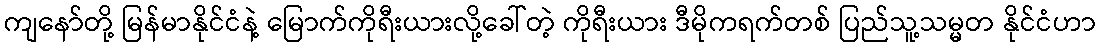
ကျနော်တို့ မြန်မာနိုင်ငံနဲ့ မြောက်ကိုရီးယားလို့ခေါ်တဲ့ ကိုရီးယား ဒီမိုကရက်တစ် ပြည်သူ့သမ္မတ နိုင်ငံဟာ